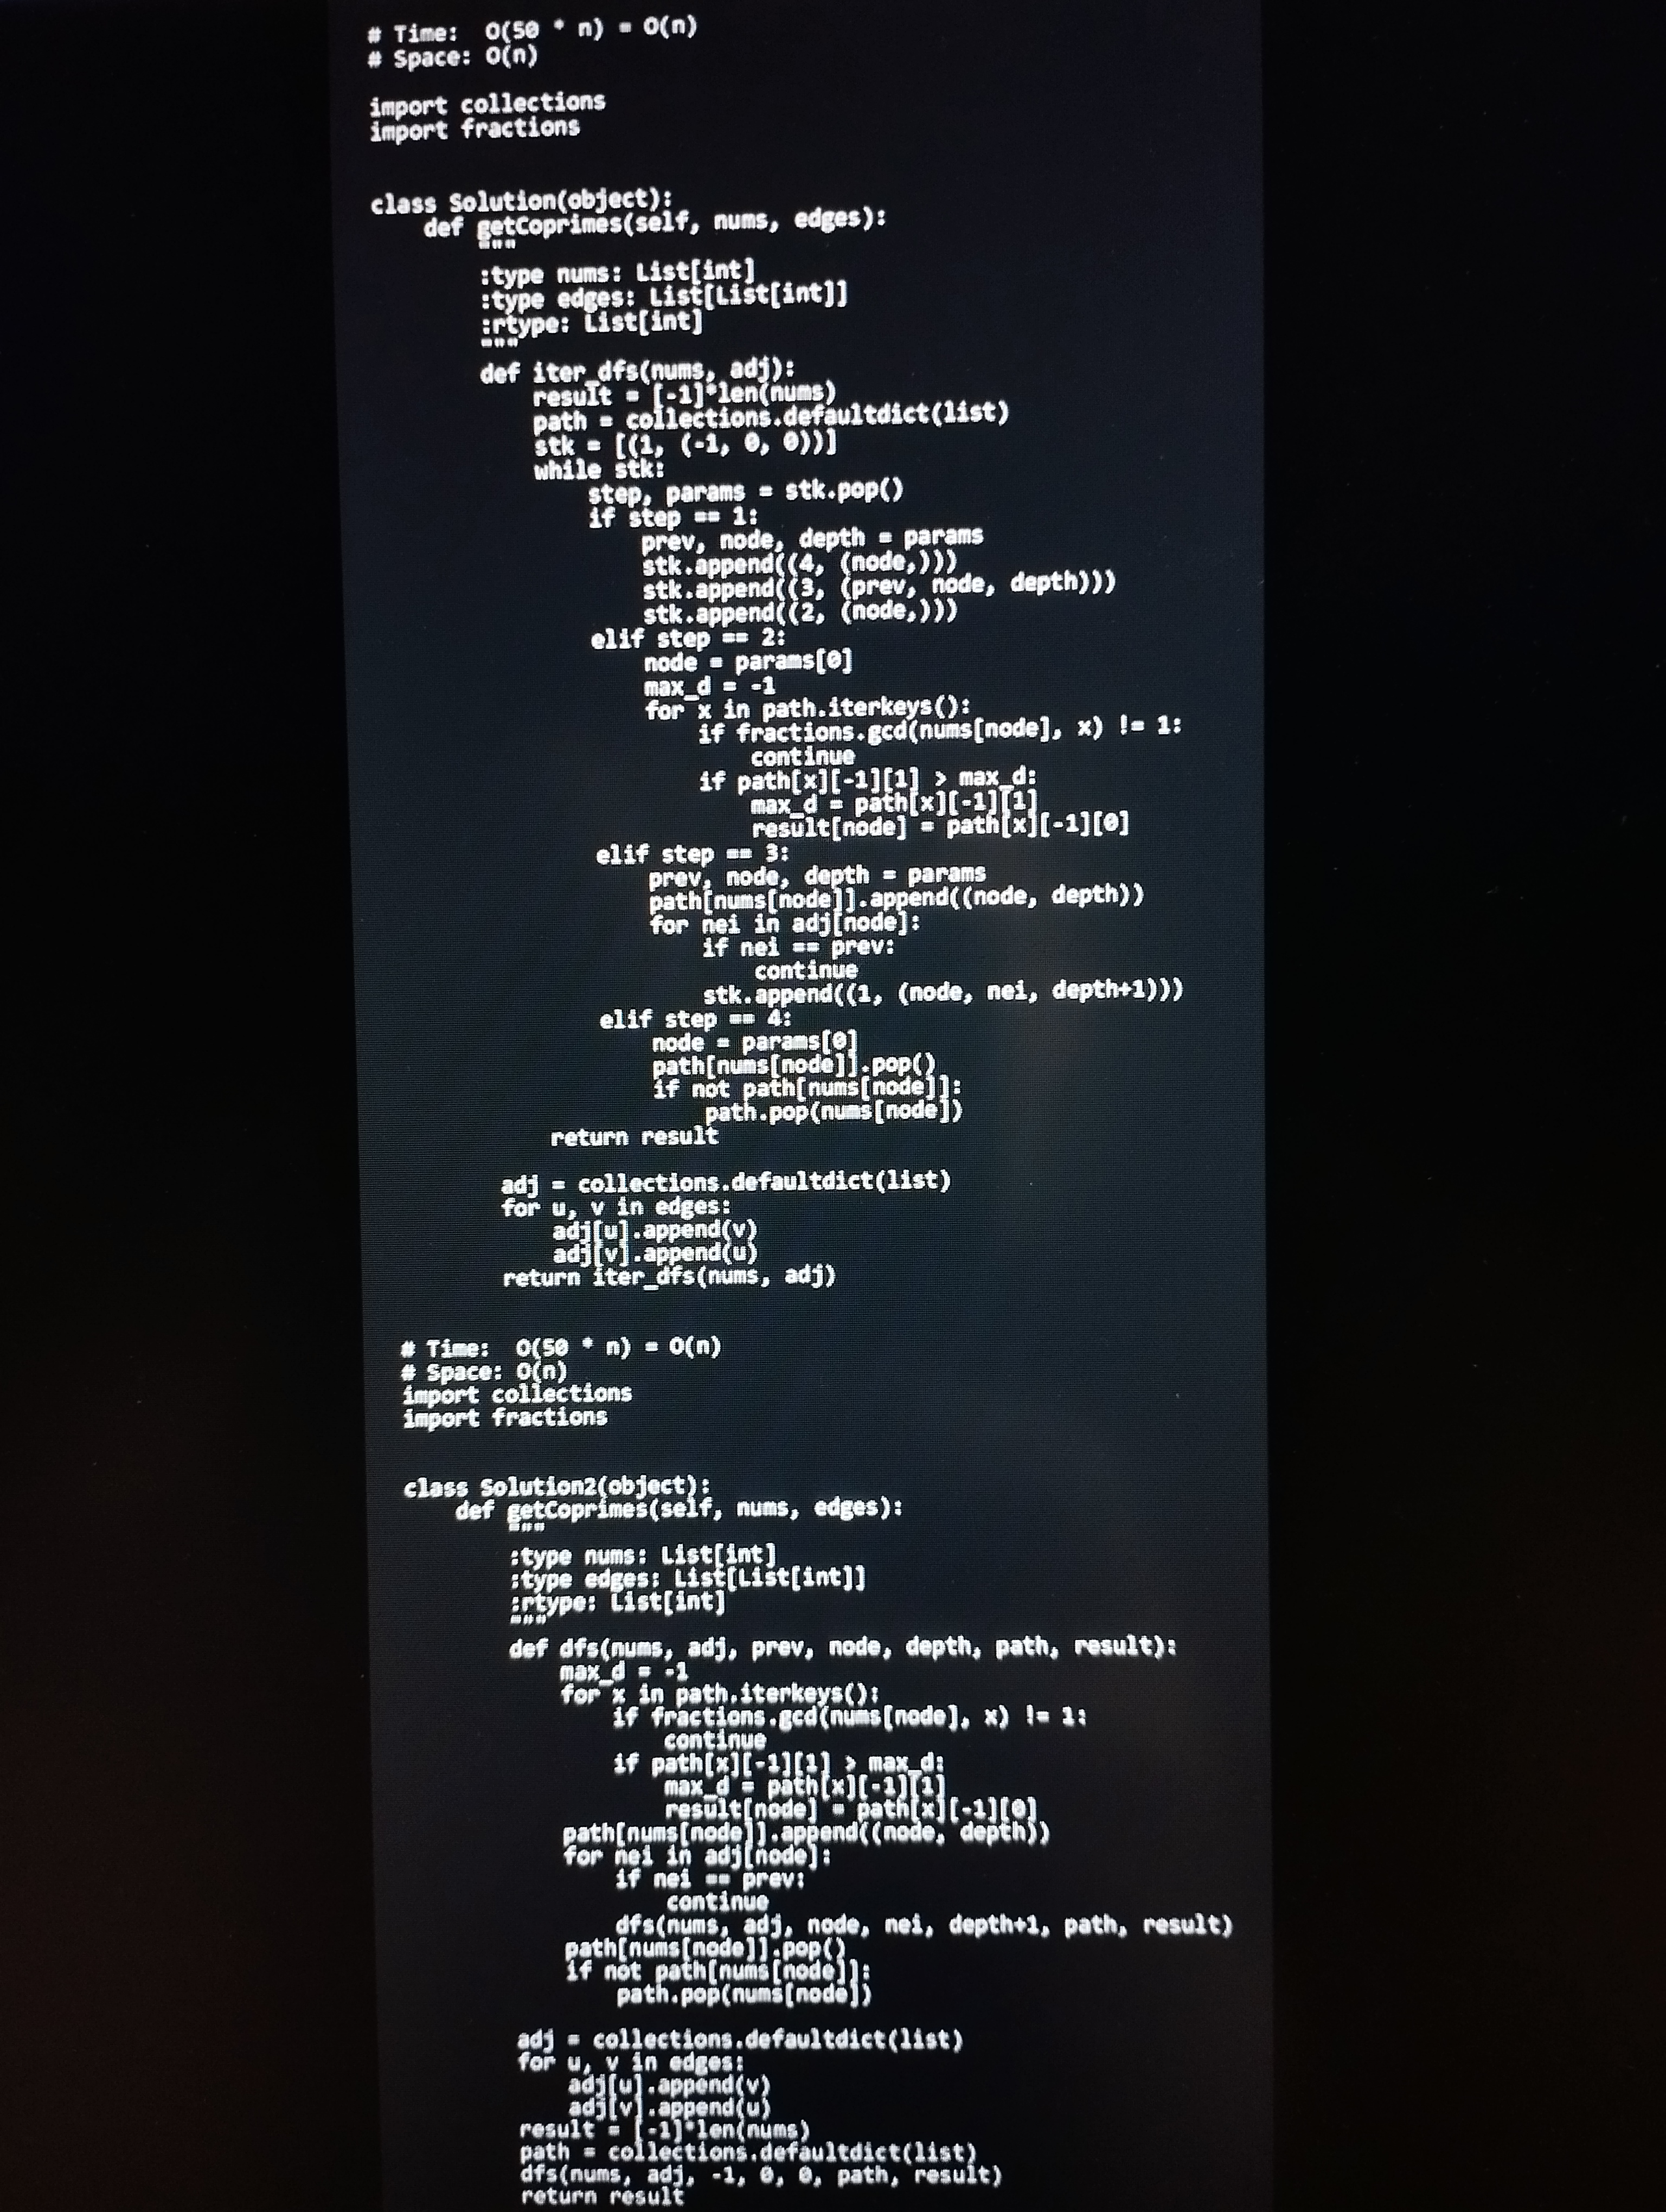
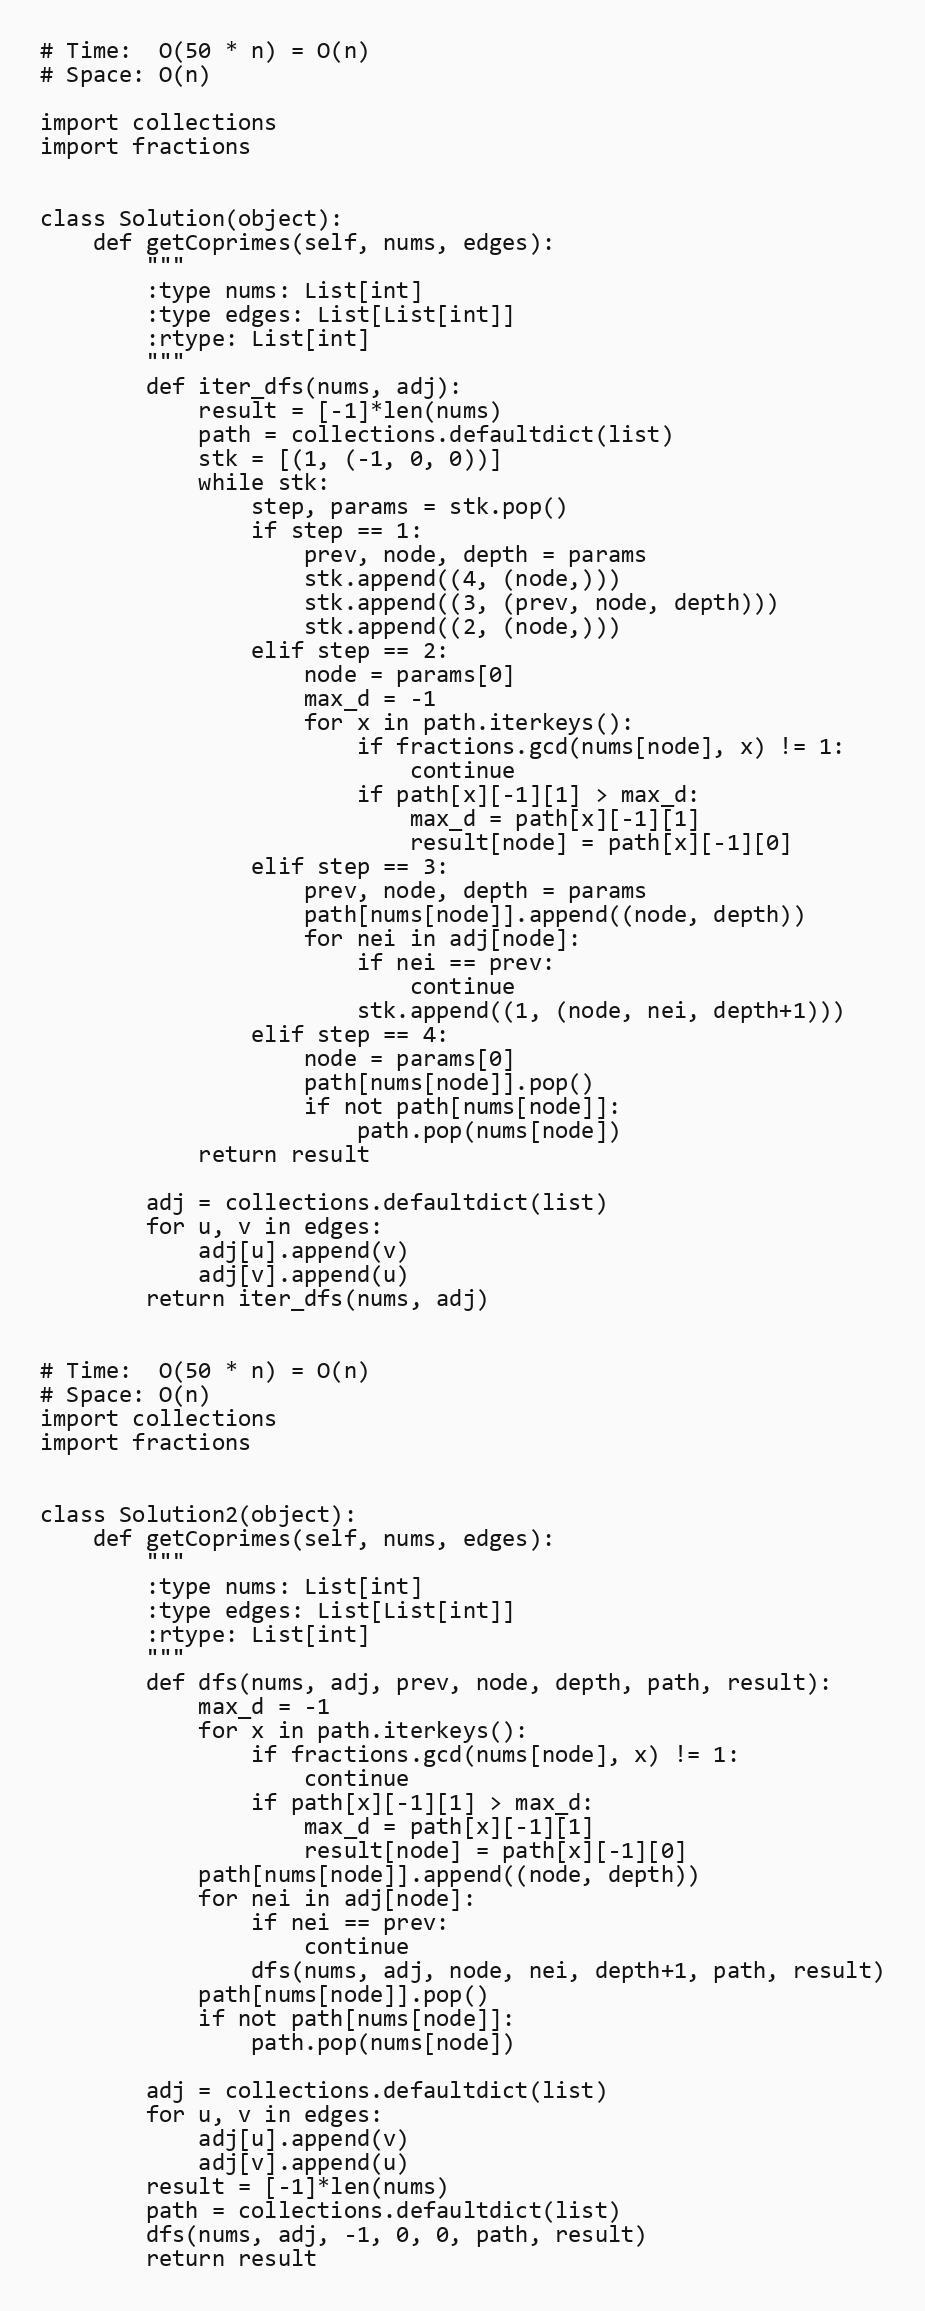
# Time:  O(50 * n) = O(n)
# Space: O(n)

import collections
import fractions

class Solution(object):
    def getCoprimes(self, nums, edges):
        """
        :type nums: List[int]
        :type edges: List[List[int]]
        :rtype: List[int]
        """
        def iter_dfs(nums, adj):
            result = [-1]*len(nums)
            path = collections.defaultdict(list)
            stk = [(1, (-1, 0, 0))]
            while stk:
                step, params = stk.pop()
                if step == 1:
                    prev, node, depth = params
                    stk.append((4, (node,)))
                    stk.append((3, (prev, node, depth)))
                    stk.append((2, (node,)))
                elif step == 2:
                    node = params[0]
                    max_d = -1
                    for x in path.iterkeys():
                        if fractions.gcd(nums[node], x) != 1:
                            continue
                        if path[x][-1][1] > max_d:
                            max_d = path[x][-1][1]
                            result[node] = path[x][-1][0]
                elif step == 3:
                    prev, node, depth = params
                    path[nums[node]].append((node, depth))
                    for nei in adj[node]:
                        if nei == prev:
                            continue
                        stk.append((1, (node, nei, depth+1)))
                elif step == 4:
                    node = params[0]
                    path[nums[node]].pop()
                    if not path[nums[node]]:
                        path.pop(nums[node])
            return result

        adj = collections.defaultdict(list)
        for u, v in edges:
            adj[u].append(v)
            adj[v].append(u)
        return iter_dfs(nums, adj)

# Time:  O(50 * n) = O(n)
# Space: O(n)
import collections
import fractions

class Solution2(object):
    def getCoprimes(self, nums, edges):
        """
        :type nums: List[int]
        :type edges: List[List[int]]
        :rtype: List[int]
        """
        def dfs(nums, adj, prev, node, depth, path, result):
            max_d = -1
            for x in path.iterkeys():
                if fractions.gcd(nums[node], x) != 1:
                    continue
                if path[x][-1][1] > max_d:
                    max_d = path[x][-1][1]
                    result[node] = path[x][-1][0]
            path[nums[node]].append((node, depth))
            for nei in adj[node]:
                if nei == prev:
                    continue
                dfs(nums, adj, node, nei, depth+1, path, result)
            path[nums[node]].pop()
            if not path[nums[node]]:
                path.pop(nums[node])

        adj = collections.defaultdict(list)
        for u, v in edges:
            adj[u].append(v)
            adj[v].append(u)
        result = [-1]*len(nums)
        path = collections.defaultdict(list)
        dfs(nums, adj, -1, 0, 0, path, result)
        return result